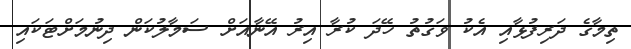
ތިމާގެ ދަރިފުޅާއި އެކު ވަގުތު ހޭދަ ކުރާ އިރު އޭނާއަށް ސަމާލުކަން ދިނުމަށްޓަކައި